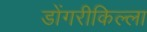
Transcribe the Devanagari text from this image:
डोंगरीकिल्ला